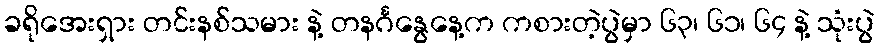
ခရိုအေးရှား တင်းနစ်သမား နဲ့ တနင်္ဂနွေနေ့က ကစားတဲ့ပွဲမှာ ၆၃၊ ၆၁၊ ၆၄ နဲ့ သုံးပွဲ